Jaan_Tonisson_(Lasteleht), lk 417
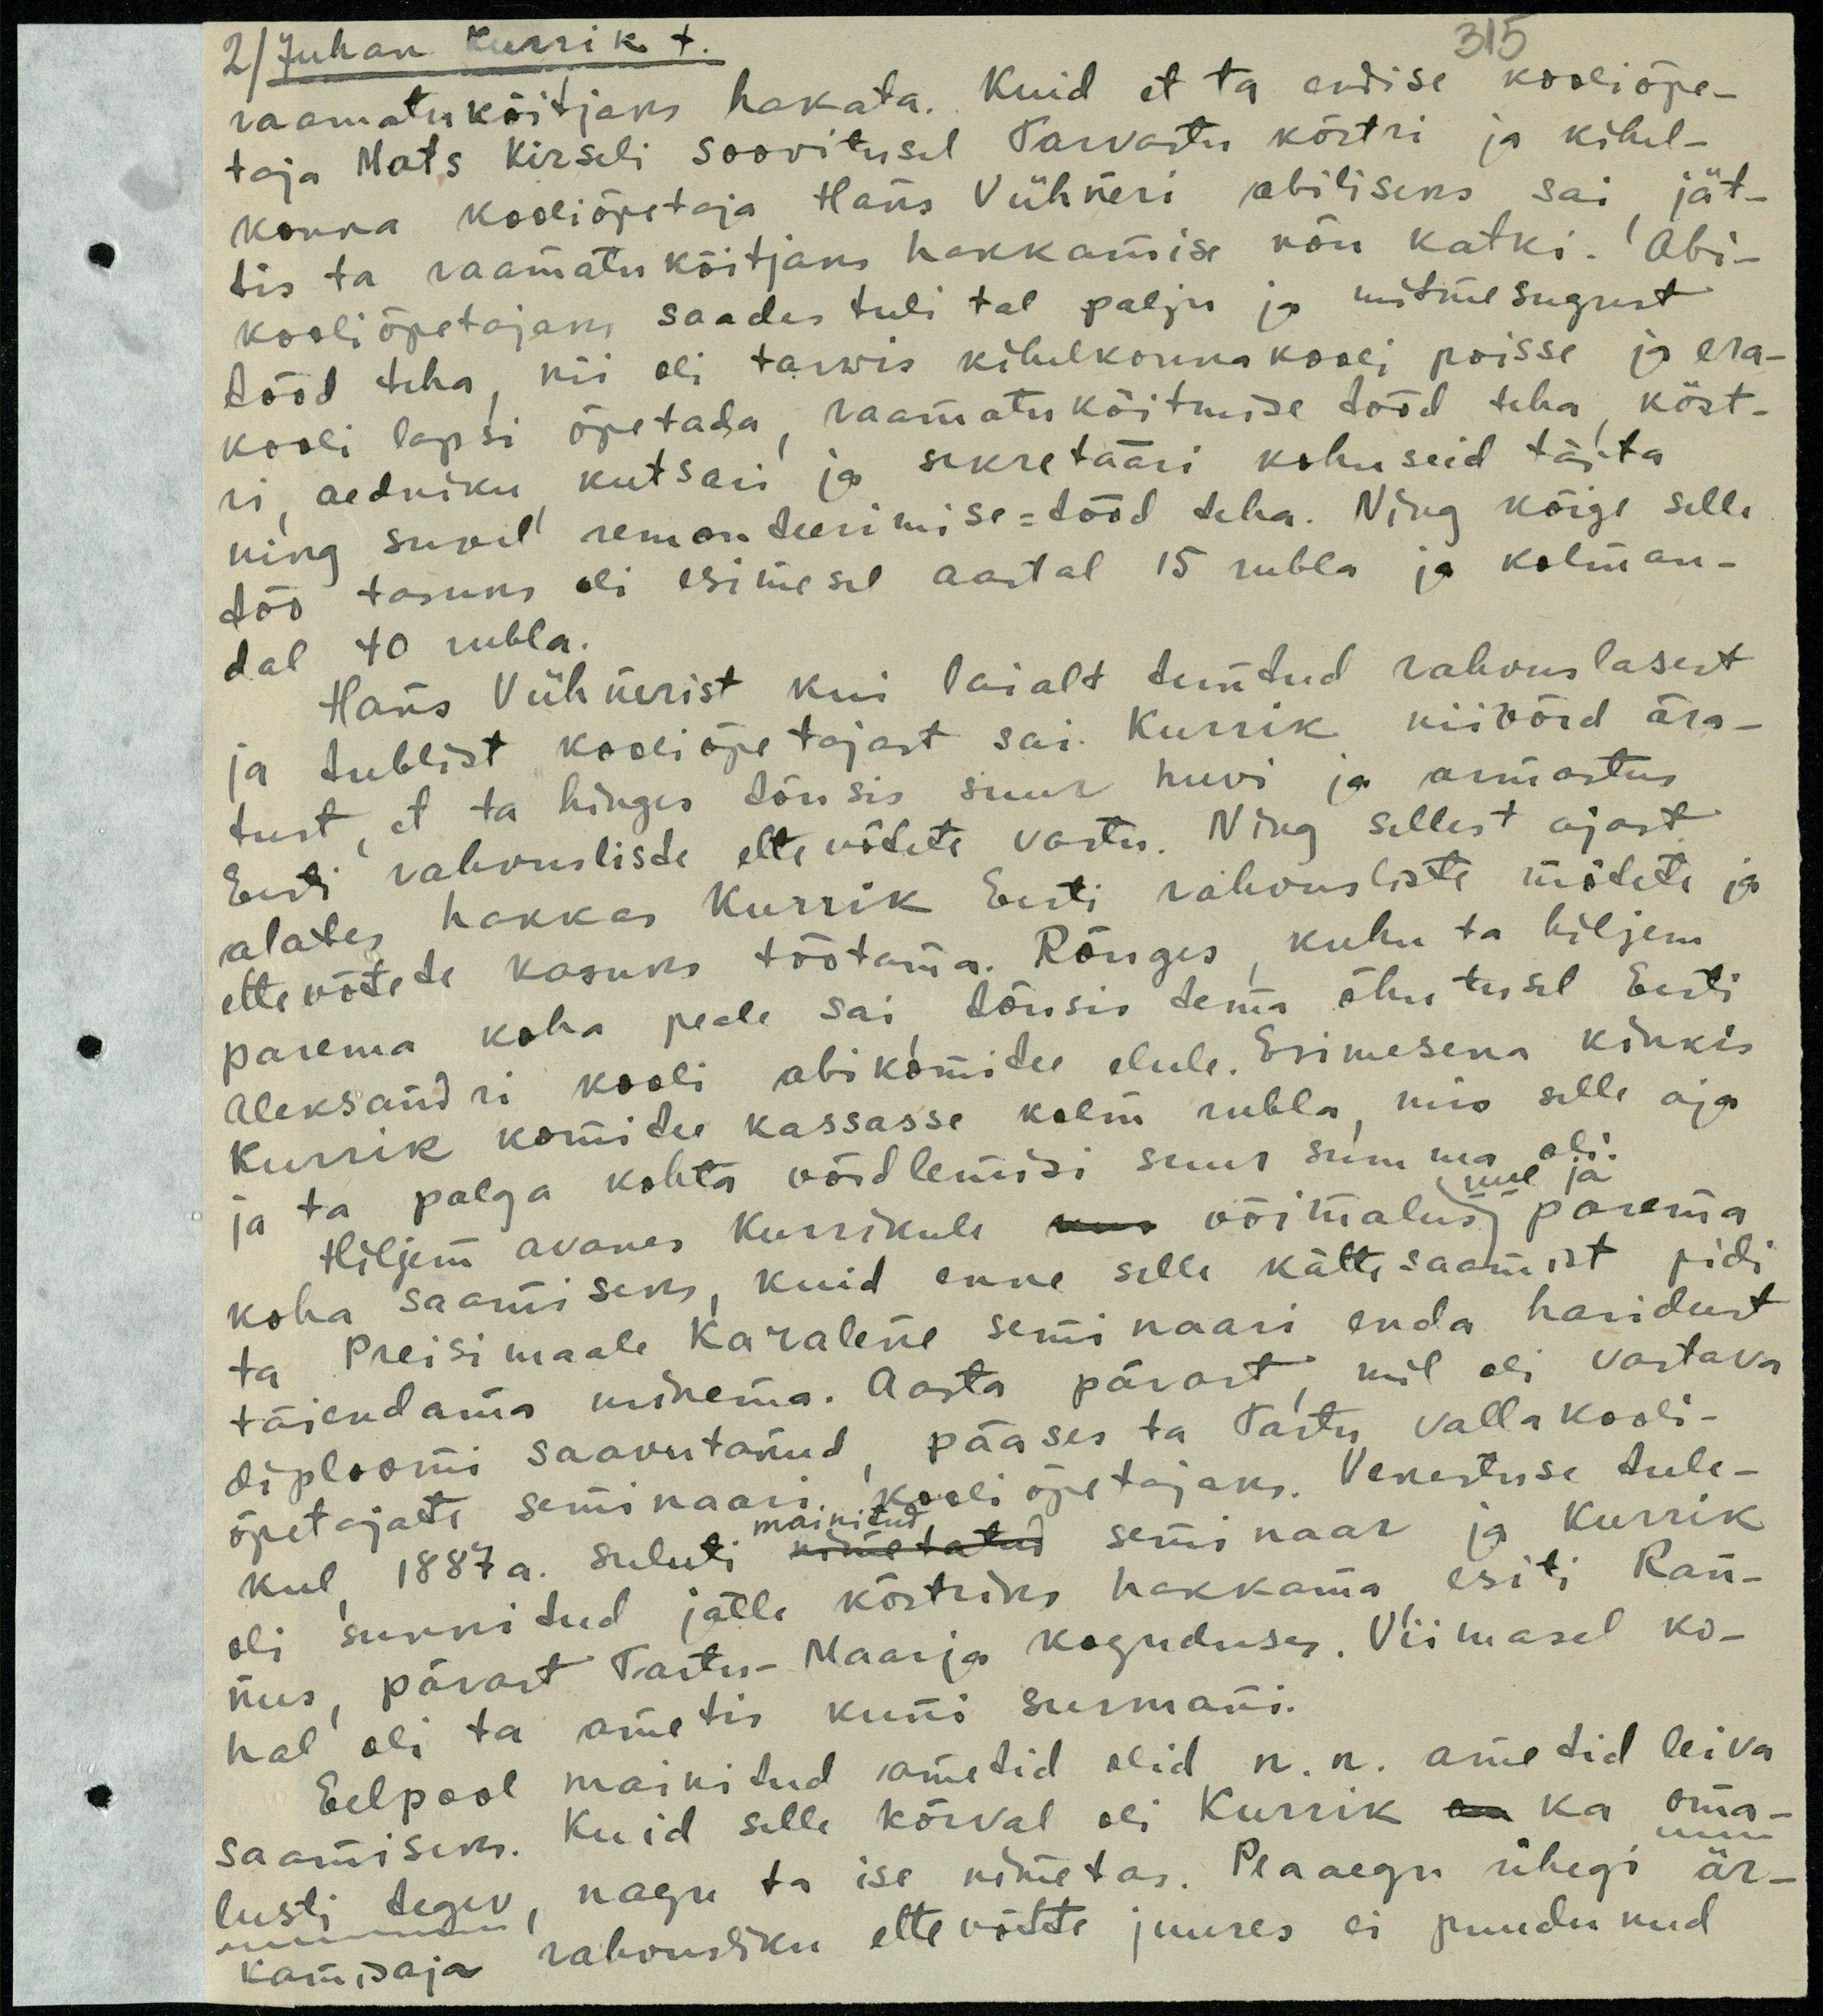
2) Juhan Kurrik t.
315
raamatuköitjaks hakata. Kuid et ta endise kooliõpe-
taja Mats Kirseli soovitusel Tarvastu köstri ja kihel-
konna kooliõpetaja Hans Vühneri abiliseks sai jät-
tis ta raamatuköitjaks hakkamise nõu katki. Abi-
kooliõpetajaks saades tuli tal palju ja mitme sugust
tööd teha, nii oli tarwis kihelkonnakooli poisse ja era-
kooli lapsi õpetada raamatuköitmise tööd teha, köst-
ri aedniku kutsari ja sekretääri kohuseid täita
ning suvel remonteerimise=tööd teha. Ning kõige selle
töö tasuks oli esimesel aastal 15 rubla ja kolman-
dal 40 rubla.
Hans Vühnerist kui laialt tuntud rahvuslasest
ja tublist kooliõpetajast sai. Kurrik niivõrd ära-
tust et ta hinges tõusis suur huvi ja armastus
Eesti rahvusliste ettevõtete vastu. Ning sellest ajast
alates hakkas Kurrik Eesti rahvusliste mõtete ja
ettevõtete kasuks töötama Rõngus kuhu ta hiljem
parema koha peale sai tõusis tema õhutusel Eesti
Aleksandri kooli abikomitee elule. Esimesena kinkis
Kurrik komitee kassasse kolm rubla, mis selle aja
ja ta palga kohta võrdlemisi suur summa oli.
uue ja
Hiljem avares Kurrikule võimalust parema
koha saamiseks, kuid enne selle kättesaamist pidi
ta Preisimaale Karalene seminari enda haridust
täiendama minema. Aasta pärast mil oli vastava
diploomi saavutanud pääses ta Tartu vallakooli-
õpetajate seminaari kooli õpetajaks. Venestuse tule-
mainitud
kul 1887 a. suluti seminaar ja Kurrik
oli sunnitud jälle köstriks hakkama esiti Ran-
nus pärast Tartu-Maarja koguduses. Viimasel ko-
hal oli ta ametis kuni surmani.
Eelpool maikitud ametid olid n.n. ametid leiva
saamiseks. Kuid selle kõrval oli Kurrik ka oma-
lusti tegev, nagu ta ise nimetas. Peaaegu ühegi är-
va sõja rahvusliku ettevõtte juures ei puudunud